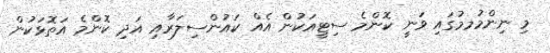
މި ނިންމުމމުގައި ވަނީ ކޮންމެ ސިޓީއަކުން އެއް ކައުންސިލަރާއި އަދި ކޮންމެ އަތޮޅަކުން